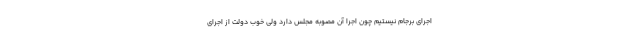
اجرای برجام نیستیم چون اجرا آن مصوبه مجلس دارد ولی خوب دولت از اجرای